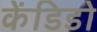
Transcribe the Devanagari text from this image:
केंडिडो